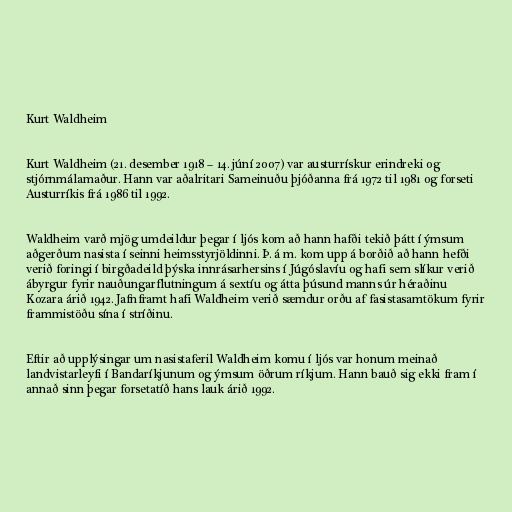
Kurt Waldheim

Kurt Waldheim (21. desember 1918 – 14. júní 2007) var austurrískur erindreki og
stjórnmálamaður. Hann var aðalritari Sameinuðu þjóðanna frá 1972 til 1981 og forseti
Austurríkis frá 1986 til 1992.

Waldheim varð mjög umdeildur þegar í ljós kom að hann hafði tekið þátt í ýmsum
aðgerðum nasista í seinni heimsstyrjöldinni. Þ. á m. kom upp á borðið að hann hefði
verið foringi í birgðadeild þýska innrásarhersins í Júgóslavíu og hafi sem slíkur verið
ábyrgur fyrir nauðungarflutningum á sextíu og átta þúsund manns úr héraðinu
Kozara árið 1942. Jafnframt hafi Waldheim verið sæmdur orðu af fasistasamtökum fyrir
frammistöðu sína í stríðinu.

Eftir að upplýsingar um nasistaferil Waldheim komu í ljós var honum meinað
landvistarleyfi í Bandaríkjunum og ýmsum öðrum ríkjum. Hann bauð sig ekki fram í
annað sinn þegar forsetatíð hans lauk árið 1992.